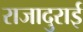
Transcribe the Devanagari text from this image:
राजादुराई